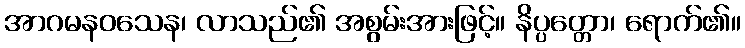
အာဂမနဝသေန၊ လာသည်၏ အစွမ်းအားဖြင့်။ နိပ္ပတ္တော၊ ရောက်၏။